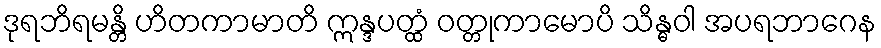
ဒုရဘိရမန္တိ ဟိတကာမာတိ ဣန္ဒပတ္ထံ ဝတ္တုကာမောပိ သိန္ဓဝါ အပရဘာဂေန